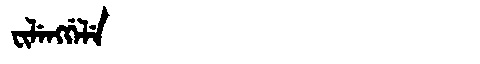
Manchu: ᠸᡳᠯᡝᠩᡤᡝᠯᡝ
Romanization: FILENGGELE